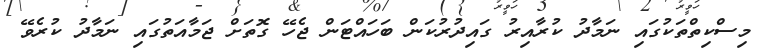
މިސްކިތްތަކުގައި ނަމާދު ކުރާއިރު ގައިދުރުކަން ބަަހައްޓަން ޖެހޭ ގޮތަށް ޖަމާއަތުގައި ނަމާދު ކުރެވޭ